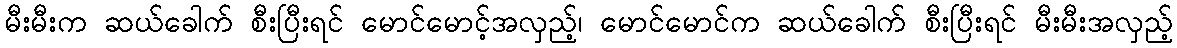
မီးမီးက ဆယ်ခေါက် စီးပြီးရင် မောင်မောင့်အလှည့်၊ မောင်မောင်က ဆယ်ခေါက် စီးပြီးရင် မီးမီးအလှည့်